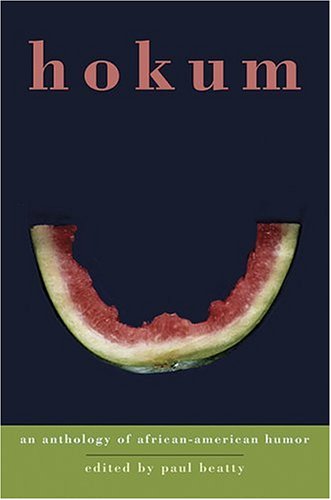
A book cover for Hokum: An Anthology of African-American Humor; Humor & Entertainment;